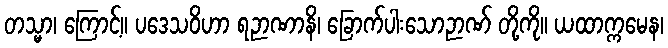
တသ္မာ၊ ကြောင့်။ ပဒေသဝိဟာ ရဉာဏာနိ၊ ခြောက်ပါးသောဉာဏ် တို့ကို။ ယထာက္ကမေန၊